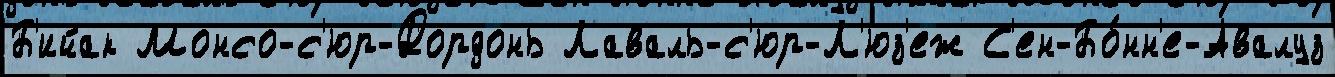
Б'ийак Монсо-с'юр-Дордонь Лаваль-с'юр-Л'юз'еж С'ен-Бо́нн'е-Авалуз